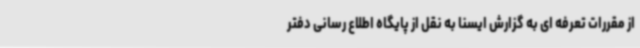
از مقررات تعرفه ای به گزارش ایسنا به نقل از پایگاه اطلاع رسانی دفتر